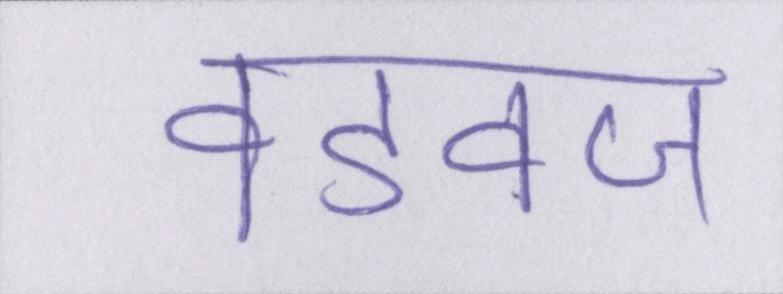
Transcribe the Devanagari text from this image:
वडवज